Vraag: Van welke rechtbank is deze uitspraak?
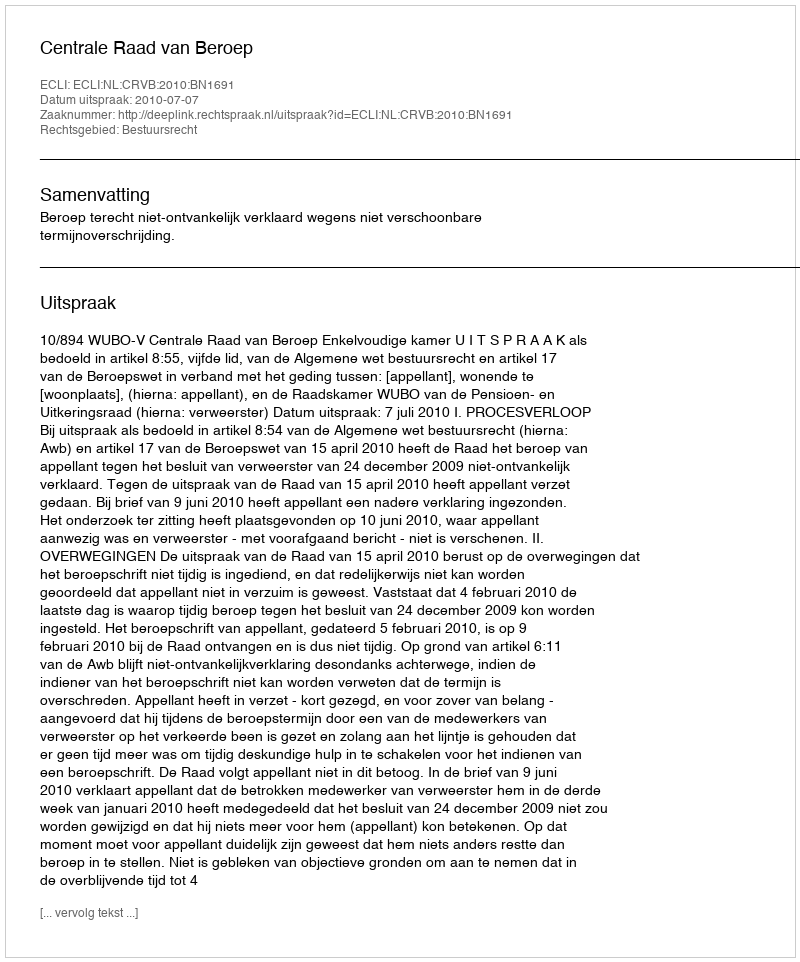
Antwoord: Centrale Raad van Beroep